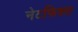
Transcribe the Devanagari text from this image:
नेटफिक्स